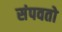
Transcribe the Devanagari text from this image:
संपवतो